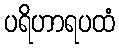
ပရိဟာရပထံ